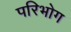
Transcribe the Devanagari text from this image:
परिभोग